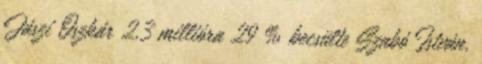
Jászi Oszkár 2,3 millióra 29 % becsülte Szabó István,